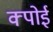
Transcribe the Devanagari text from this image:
क्पोई